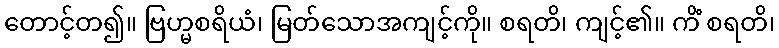
တောင့်တ၍။ ဗြဟ္မစရိယံ၊ မြတ်သောအကျင့်ကို။ စရတိ၊ ကျင့်၏။ ကိံ စရတိ၊